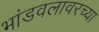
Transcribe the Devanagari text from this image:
भांडवलावरच्या